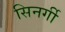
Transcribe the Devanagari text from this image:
सिनर्गी